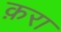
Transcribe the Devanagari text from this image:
क़रा